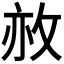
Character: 𢼜